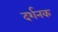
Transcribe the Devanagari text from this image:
दर्शनक